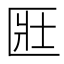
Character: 匨